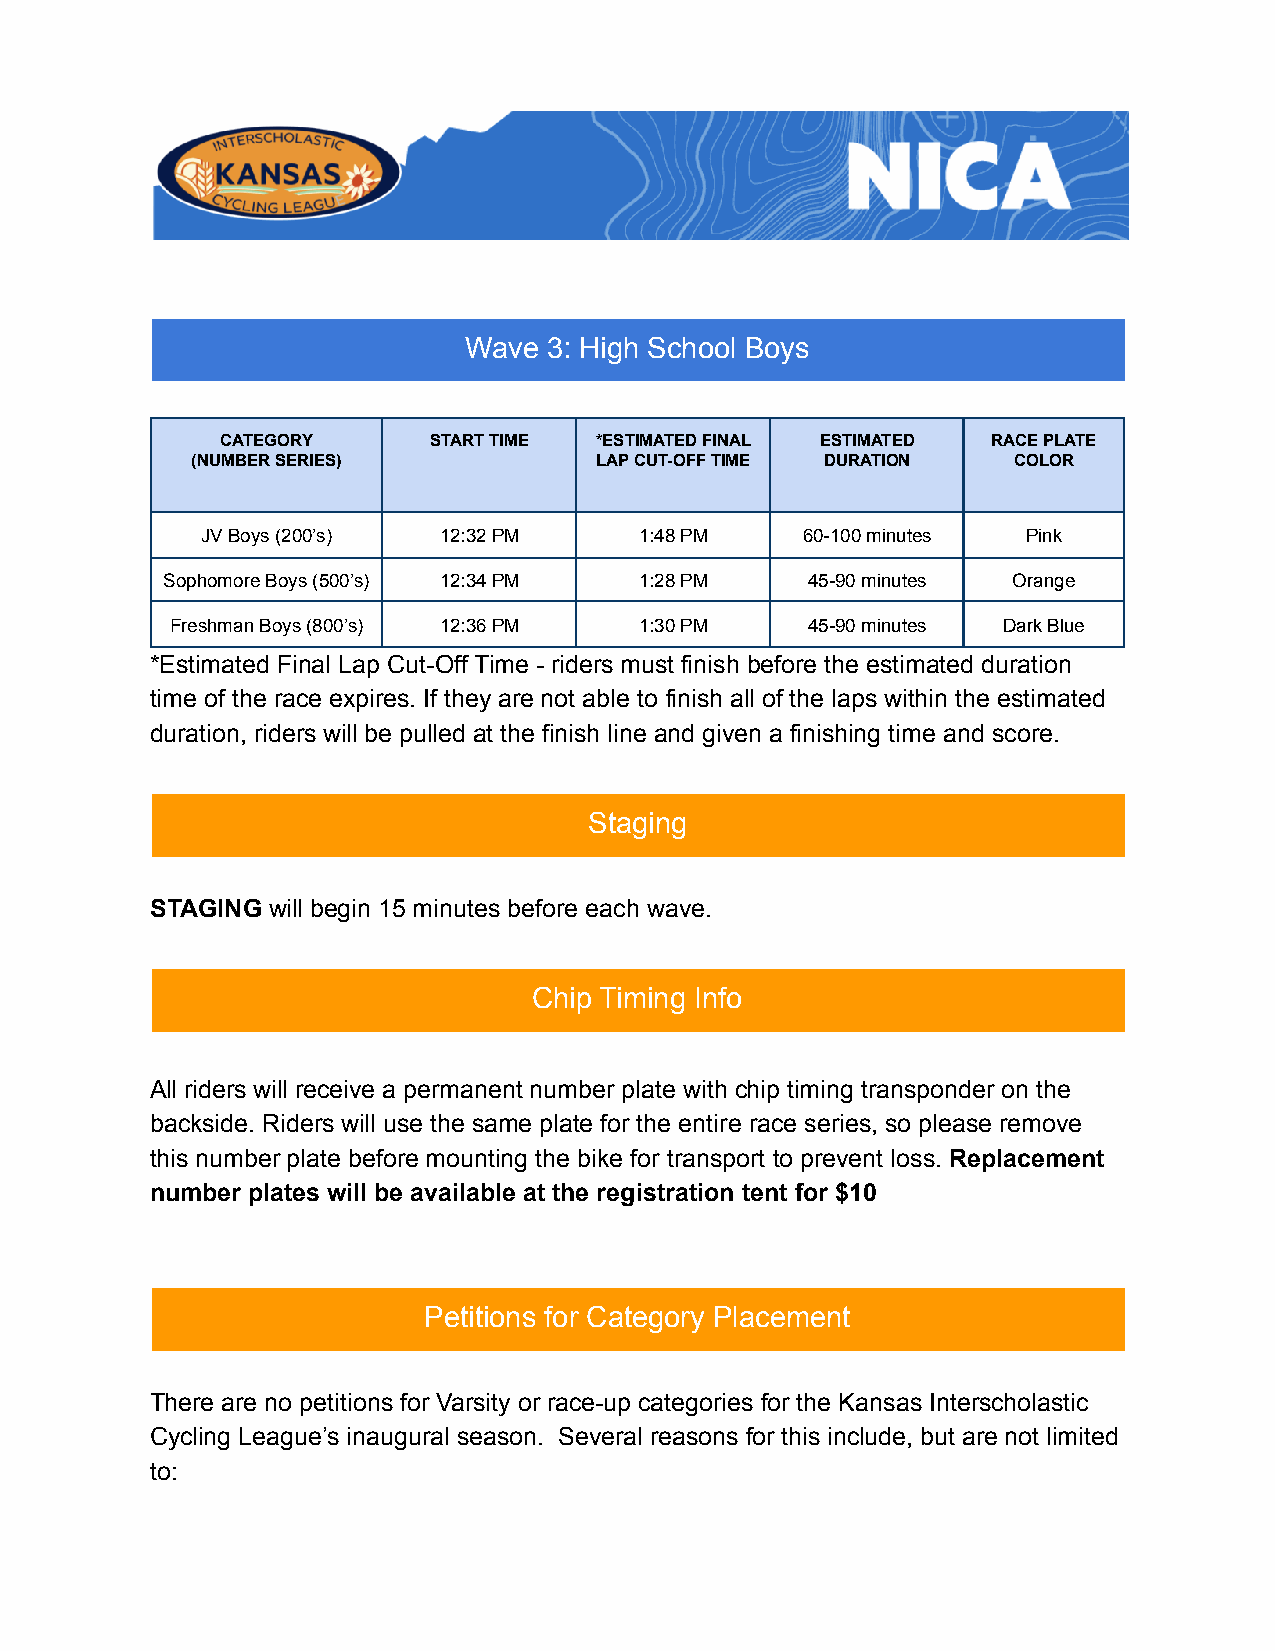
Wave 3: High School Boys
 CATEGORY     START TIME *ESTIMATED FINAL ESTIMATED RACE PLATE
 (NUMBER SERIES)           LAP CUT-OFF TIME DURATION   COLOR
 JV Boys (200’s) 12:32 PM     1:48 PM    60-100 minutes Pink
 Sophomore Boys (500’s) 12:34 PM 1:28 PM   45-90 minutes Orange
 Freshman Boys (800’s) 12:36 PM 1:30 PM    45-90 minutes Dark Blue
 *Estimated Final Lap Cut-Off Time - riders must finish before the estimated duration
 time of the race expires. If they are not able to finish all of the laps within the estimated
 duration, riders will be pulled at the finish line and given a finishing time and score.
 Staging
 STAGING will begin 15 minutes before each wave.
 Chip Timing Info
 All riders will receive a permanent number plate with chip timing transponder on the
 backside. Riders will use the same plate for the entire race series, so please remove
 this number plate before mounting the bike for transport to prevent loss. Replacement
 number plates will be available at the registration tent for $10
 Petitions for Category Placement
 There are no petitions for Varsity or race-up categories for the Kansas Interscholastic
 Cycling League’s inaugural season. Several reasons for this include, but are not limited
 to: